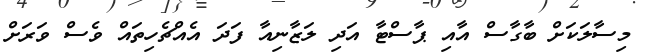
މިސާލަކަށް ބާގާސް އާއި ޕާސްޓާ އަދި ލަޒާނިއާ ފަދަ އެއްޗެހިތައް ވެސް ވަރަށް